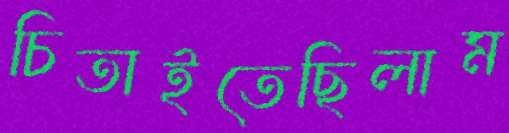
চিতাইতেছিলাম